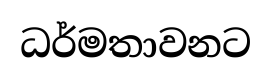
ධර්මතාවනට